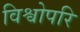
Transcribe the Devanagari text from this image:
विश्वोपरि